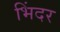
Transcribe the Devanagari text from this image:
भिंदर